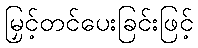
မြှင့်တင်ပေးခြင်းဖြင့်